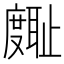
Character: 𪪪